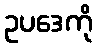
ဥပဒေကို